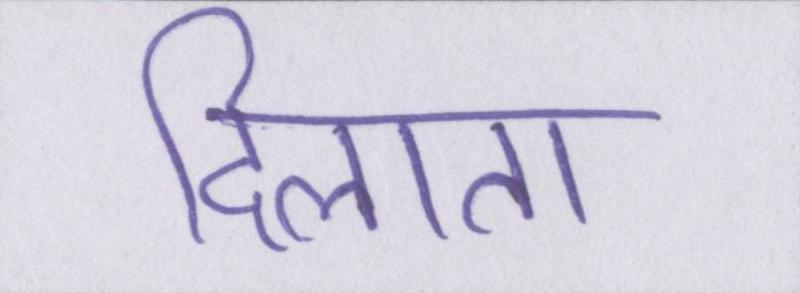
दिलाता